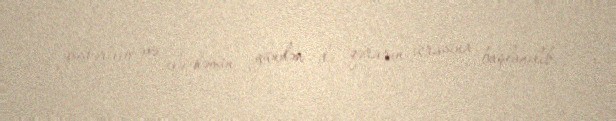
göstərilib və elə həmin gündən də qərarın icrasına başlanılıb.